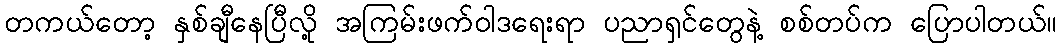
တကယ်တော့ နှစ်ချီနေပြီလို့ အကြမ်းဖက်ဝါဒရေးရာ ပညာရှင်တွေနဲ့ စစ်တပ်က ပြောပါတယ်။